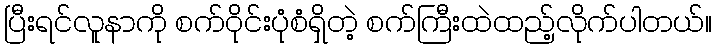
ပြီးရင်လူနာကို စက်ဝိုင်းပုံစံရှိတဲ့ စက်ကြီးထဲထည့်လိုက်ပါတယ်။